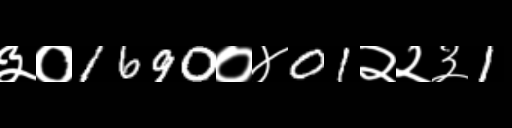
Text: ३०1690०४01२२३1